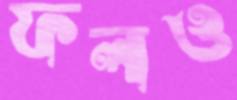
ফলও